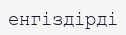
енгіздірді